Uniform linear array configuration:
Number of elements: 4
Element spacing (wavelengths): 0.25
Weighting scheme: uniform
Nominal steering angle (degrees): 30
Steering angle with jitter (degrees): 30.791
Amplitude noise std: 0.05
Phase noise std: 0.05

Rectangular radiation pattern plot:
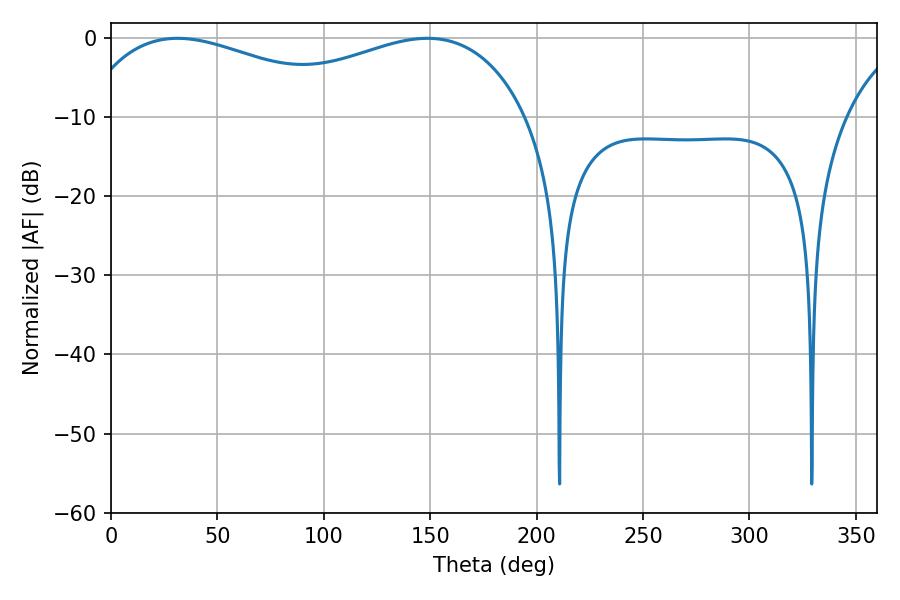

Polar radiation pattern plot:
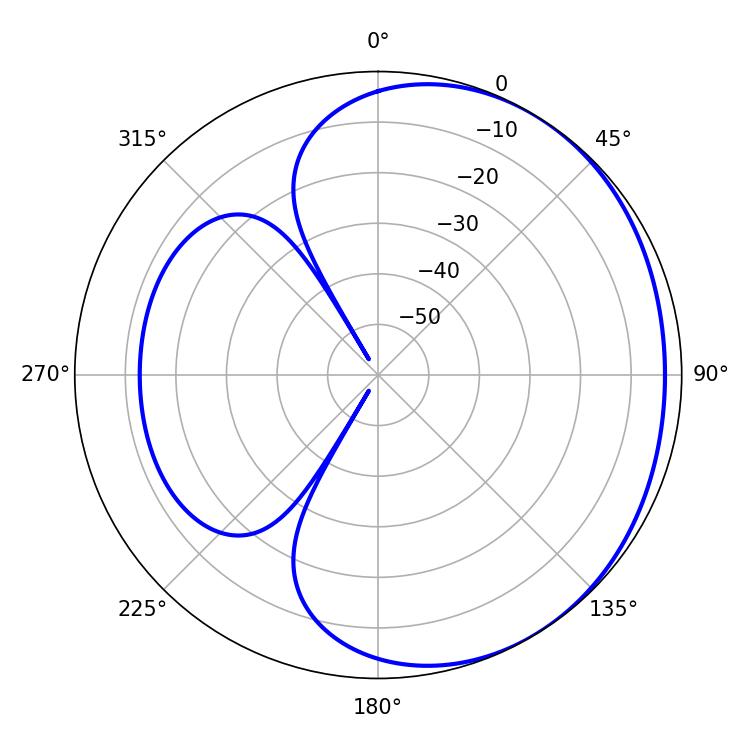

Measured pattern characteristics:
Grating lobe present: FALSE
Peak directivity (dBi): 1.816
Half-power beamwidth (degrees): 74.88
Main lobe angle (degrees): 31.32